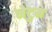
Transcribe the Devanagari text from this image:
नेटुम